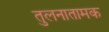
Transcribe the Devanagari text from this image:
तुलनातामक